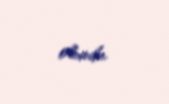
olundu.